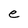
Character: e